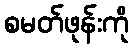
စမတ်ဖုန်းကို